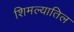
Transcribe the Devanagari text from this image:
शिमल्यातिल